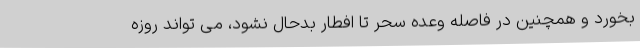
بخورد و همچنین در فاصله وعده سحر تا افطار بدحال نشود، می تواند روزه